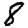
Digit: 8